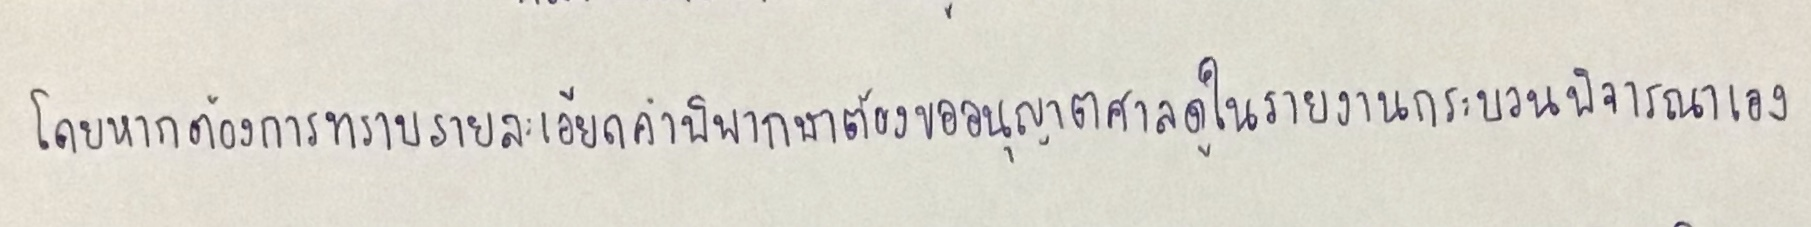
โดยหากต้องการทราบรายละเอียดคำพิพากษาต้องขออนุญาตศาลดูในรายงานกระบวนพิจารณาเอง